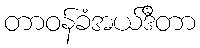
တာဝန်ခံအယ်ဒီတာ